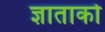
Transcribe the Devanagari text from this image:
ज्ञाताको